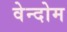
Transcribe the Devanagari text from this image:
वेन्दोम